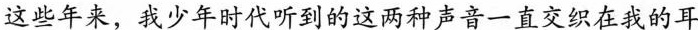
这些年来，我少年时代听到的这两种声音一直交织在我的耳